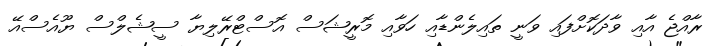
ރާއްޖެ އާއި ވާދަކޮށްފައި ވަނީ ތައިލެންޑާއި ހަވާއި މޮރީޝަސް އޮސްޓްރޭލިޔާ ސީޝެލްސް ޔޫއެސްއޭ